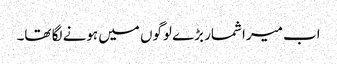
اب میرا شمار بڑے لوگوں میں ہونے لگا تھا۔